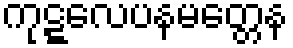
ကုဋ္ဋလေပနမတ္တေန